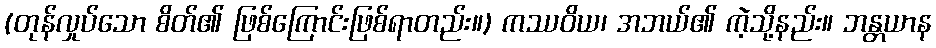
(တုန်လှုပ်သော စိတ်၏ ဖြစ်ကြောင်းဖြစ်ရာတည်း။) ကဿဝိယ၊ အဘယ်၏ ကဲ့သို့နည်း။ ဘန္တယာန